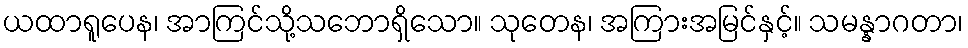
ယထာရူပေန၊ အာကြင်သို့သဘောရှိသော။ သုတေန၊ အကြားအမြင်နှင့်။ သမန္နာဂတာ၊